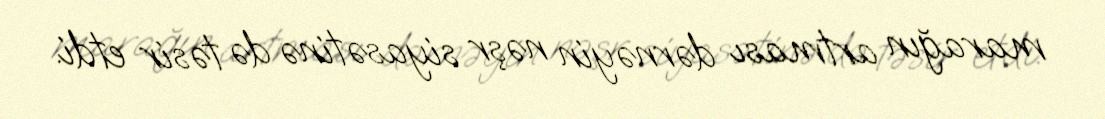
marağın artması dərnəyin nəşr siyasətinə də təsir etdi.